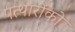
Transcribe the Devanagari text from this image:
पत्थारोंको